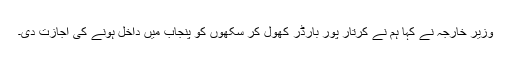
وزیر خارجہ نے کہا ہم نے کرتار پور بارڈر کھول کر سکھوں کو پنجاب میں داخل ہونے کی اجازت دی۔